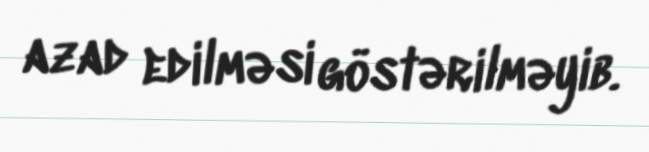
azad edilməsi göstərilməyib.